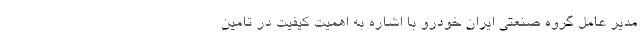
مدیر عامل گروه صنعتی ایران خودرو با اشاره به اهمیت کیفیت در تامین